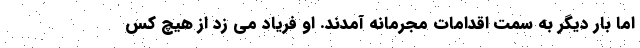
اما بار دیگر به سمت اقدامات مجرمانه آمدند. او فریاد می زد از هیچ کس